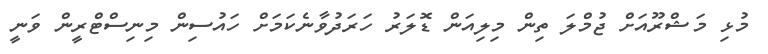
މުޅި މަޝްރޫއަށް ޖުމްލަ ތިން މިލިއަން ޑޮލަރު ހަރަދުވާނެކަމަށް ހައުސިން މިނިސްޓްރީން ވަނީ